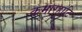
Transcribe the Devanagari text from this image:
कमारहाटि